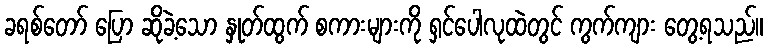
ခရစ်တော် ပြော ဆိုခဲ့သော နှုတ်ထွက် စကားများကို ရှင်ပေါလုထဲတွင် ကွက်ကျား တွေ့ရသည်။